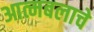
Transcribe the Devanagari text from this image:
आत्मबलाचे